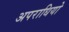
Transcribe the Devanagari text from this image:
अपराधियो